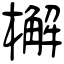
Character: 檞